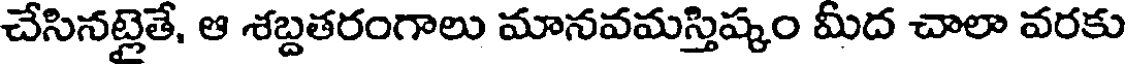
చేసినట్లైతే, ఆ శబ్దతరంగాలు మానవమస్తిష్కం మీద చాలా వరకు